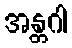
အန္တဂါ